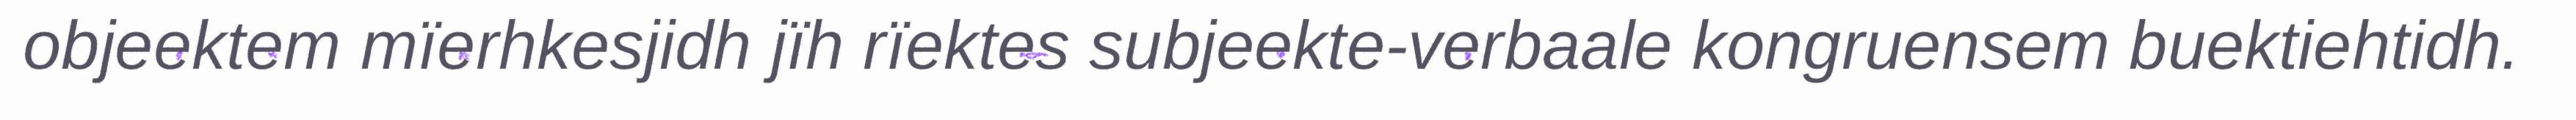
objeektem mïerhkesjidh jïh rïektes subjeekte-verbaale kongruensem buektiehtidh.